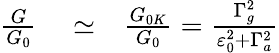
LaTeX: \begin{array}{rlr}{\frac{G}{G_{0}}}&{{}\simeq}&{\frac{G_{0K}}{G_{0}}=\frac{\Gamma_{g}^{2}}{\varepsilon_{0}^{2}+\Gamma_{a}^{2}}}\end{array}